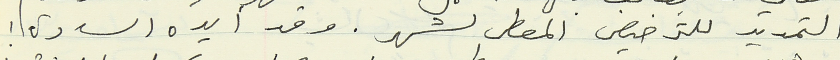
التمديد للترخيص المعطى لشهر. وقد أيده السادة :